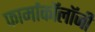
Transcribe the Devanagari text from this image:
फार्माकॉलॉजी